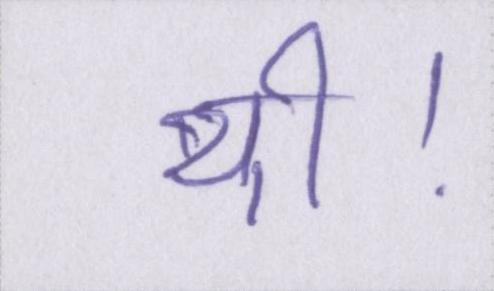
थी।